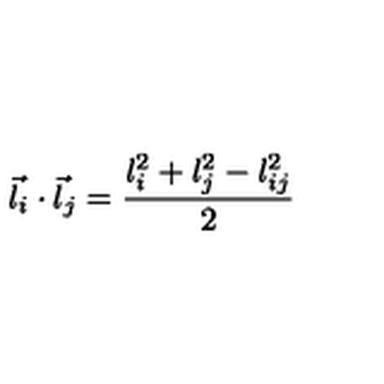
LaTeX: \vec { l } _ { i } \cdot \vec { l } _ { j } = \frac { l _ { i } ^ { 2 } + l _ { j } ^ { 2 } - l _ { i j } ^ { 2 } } { 2 }